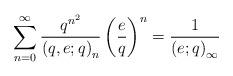
LaTeX: \begin{align*}\sum_{n=0}^{\infty}\frac{q^{n^{2}}}{\left(q,e;q\right)_{n}}\left(\frac{e}{q}\right)^{n}=\frac{1}{\left(e;q\right)_{\infty}}\end{align*}